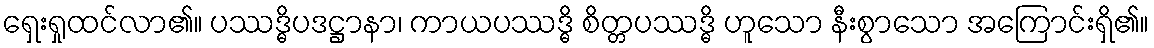
ရှေးရှုထင်လာ၏။ ပဿဒ္ဓိပဒဋ္ဌာနာ၊ ကာယပဿဒ္ဓိ စိတ္တပဿဒ္ဓိ ဟူသော နီးစွာသော အကြောင်းရှိ၏။